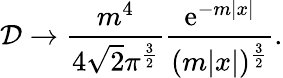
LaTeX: {\cal D}\to\frac{m^{4}}{4\sqrt{2}\pi^{\frac 32}}\frac{\mathrm{e}^{-m|x|}}{(m|x|)^{\frac 32}}.